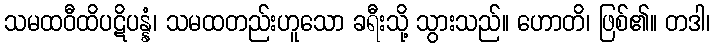
သမထဝီထိပဋိပန္နံ၊ သမထတည်းဟူသော ခရီးသို့ သွားသည်။ ဟောတိ၊ ဖြစ်၏။ တဒါ၊